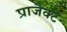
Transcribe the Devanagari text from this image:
प्राजैक्ट